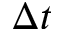
\Delta t